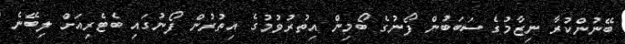
ބޭނުންކުރާ ނިޒާމުގެ ސަބަބުން ފޯނުގެ ބޯމިން އިތުރުވުމުގެ އިތުރުން ފޯނުގައި ބެޓެރިއަށް ލިބޭނެ